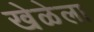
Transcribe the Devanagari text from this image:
खेळेला